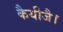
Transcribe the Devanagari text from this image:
कैयीजै।